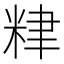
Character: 𥹧